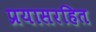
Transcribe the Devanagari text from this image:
प्रयासरहित